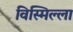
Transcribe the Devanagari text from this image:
विस्मिल्ला